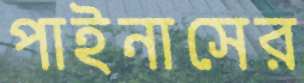
পাইনাসের